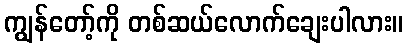
ကျွန်တော့်ကို တစ်ဆယ်လောက်ချေးပါလား။